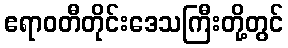
ဧရာဝတီတိုင်းဒေသကြီးတို့တွင်